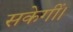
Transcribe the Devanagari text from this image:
सकेगीं।